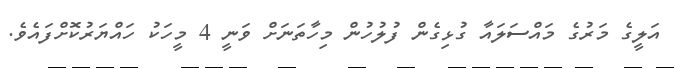
އަލީގެ މަރުގެ މައްސަލައާ ގުޅިގެން ފުލުހުން މިހާތަނަށް ވަނީ 4 މީހަކު ހައްޔަރުކޮށްފައެވެ.